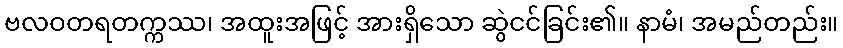
ဗလဝတရတက္ကဿ၊ အထူးအဖြင့် အားရှိသော ဆွဲငင်ခြင်း၏။ နာမံ၊ အမည်တည်း။